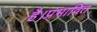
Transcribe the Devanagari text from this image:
है।प्रभावित